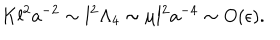
K l ^ { 2 } a ^ { - 2 } \sim l ^ { 2 } \Lambda _ { 4 } \sim \mu l ^ { 2 } a ^ { - 4 } \sim O ( \epsilon ) .